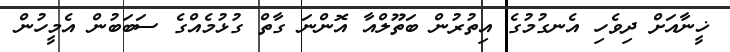
ޚީނާއަށް ދިވެހި އެނގުމުގެ އިތުރުން ބަތޫލްއާ އޮންނަ ގާތް ގުޅުމެއްގެ ސަބަބުން އެމީހުން